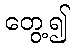
တွေ့၍